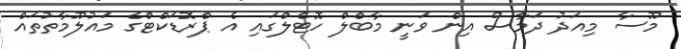
މޫސާ މިއަދު ދަމާސް އިން ވަނީ މާބްލް ހޮޓެލްގައި އެ ޕްރޮޑަކްޓްގެ މައުލޫމާތުތައް